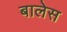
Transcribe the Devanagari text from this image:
बालेस